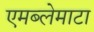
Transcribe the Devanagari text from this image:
एमब्लेमाटा